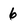
Character: 6